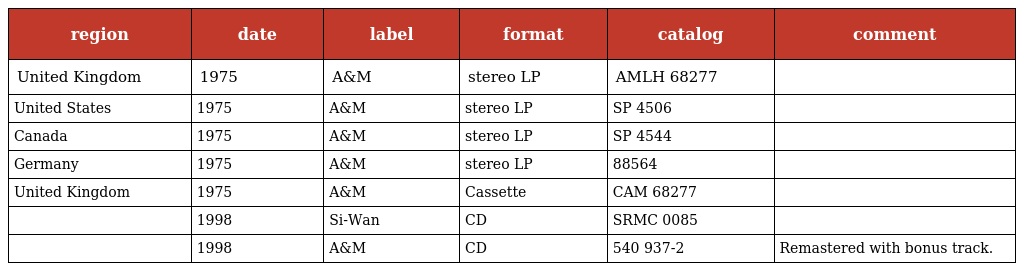
| region | date | label | format | catalog | comment |
 | --- | --- | --- | --- | --- | --- |
 | United Kingdom | 1975 | A&M | stereo LP | AMLH 68277 |  |
 | United States | 1975 | A&M | stereo LP | SP 4506 |  |
 | Canada | 1975 | A&M | stereo LP | SP 4544 |  |
 | Germany | 1975 | A&M | stereo LP | 88564 |  |
 | United Kingdom | 1975 | A&M | Cassette | CAM 68277 |  |
 |  | 1998 | Si-Wan | CD | SRMC 0085 |  |
 |  | 1998 | A&M | CD | 540 937-2 | Remastered with bonus track. |